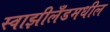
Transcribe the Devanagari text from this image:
स्वाझीलँडमधील